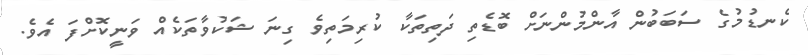
ކެނޑުމުގެ ސަބަބުން އާންމުންނަށް ބޮޑެތި ދަތިތަކާ ކުރިމަތިވެ ގިނަ ޝަކުވާތަކެއް ވަނީކޮށްފަ އެވެ.